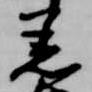
着